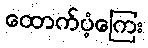
ထောက်ပံ့ကြေး